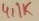
Text: 4,1K